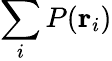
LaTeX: \sum_{i}P(\mathbf{r}_{i})